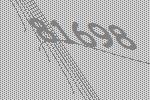
81698